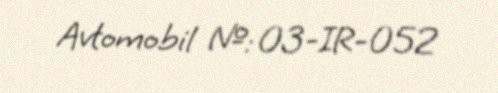
Avtomobil №: 03-IR-052